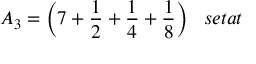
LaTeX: A _ { 3 } = { \bigg ( } 7 + { \frac { 1 } { 2 } } + { \frac { 1 } { 4 } } + { \frac { 1 } { 8 } } { \bigg ) } \; \; \; s e t a t